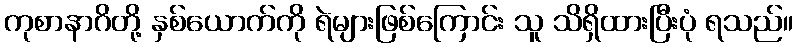
ကုစာနာဂိတို့ နှစ်ယောက်ကို ရဲများဖြစ်ကြောင်း သူ သိရှိထားပြီးပုံ ရသည်။